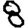
Digit: 8